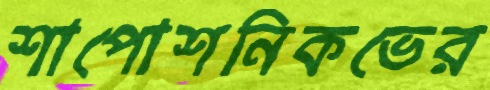
শাপোশনিকভের